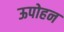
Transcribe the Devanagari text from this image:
ऊपोहन